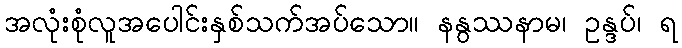
အလုံးစုံလူအပေါင်းနှစ်သက်အပ်သော။ နနွဿနာမ၊ ဥန္ဒပ်၊ ရ